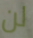
لن